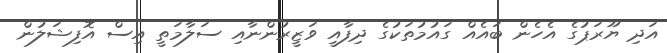
އަދި ޔޫރަޕުގެ އެހެން ބައެއް ގައުމުތަކުގެ ދިފާއީ ވަޒީރުންނާއި ސަލާމަތީ އިސް އޮފިޝަލުން